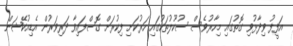
އަފީފު ވިދާޅުވި ގޮތުގައި މިހާރުވެސް ސުކޫޫލުތަކުގައި ހަރުކަށި ފިކުރަށް ގޮސްފައިވާ ދަރިވަރުން އެޑިއުކޭޝަން